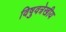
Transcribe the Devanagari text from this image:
विषुवत्रेखीय